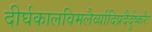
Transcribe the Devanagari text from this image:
दीर्घकालविमलैर्व्यादिप्रदैर्दुष्करैः